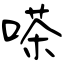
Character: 嗏